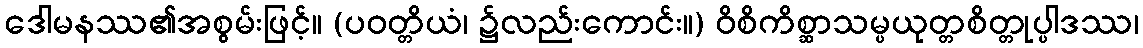
ဒေါမနဿ၏အစွမ်းဖြင့်။ (ပဝတ္တိယံ၊ ၌လည်းကောင်း။) ဝိစိကိစ္ဆာသမ္ပယုတ္တစိတ္တုပ္ပါဒဿ၊